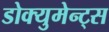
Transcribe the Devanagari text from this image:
डोक्युमेन्ट्स